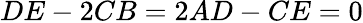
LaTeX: DE-2CB=2AD-CE=0